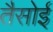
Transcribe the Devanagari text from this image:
तैसोई